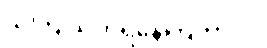
သိကြ သတိရနေကြတာပါ။